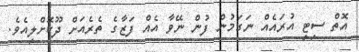
އޮތް ސިޓީ އުރައެއް ނަގަމުން ފުން ނޭވާ އެއް ފަޒާގެ ތެރެއަށް ދޫކޮށްލިއެވެ.